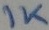
Text: 1K